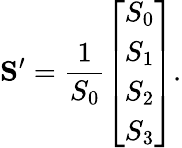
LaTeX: \mathbf{S^{\prime}}={\frac{1}{S_{0}}}{\left[\begin{array}{l}{S_{0}}\\ {S_{1}}\\ {S_{2}}\\ {S_{3}}\end{array}\right]}.